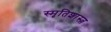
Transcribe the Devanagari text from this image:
स्मृतिशास्त्र